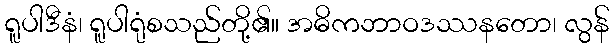
ရူပါဒီနံ၊ ရူပါရုံစသည်တို့၏။ အဓိကဘာဝဒဿနတော၊ လွန်